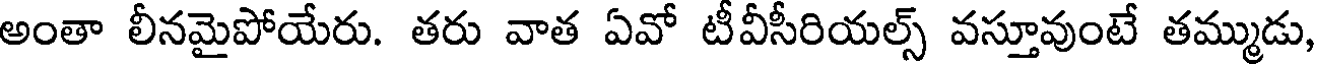
అంతా లీనమైపోయేరు. తరు వాత ఏవో టీవీసీరియల్స్ వస్తూవుంటే తమ్ముడు,